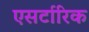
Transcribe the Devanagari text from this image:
एसर्टारिक